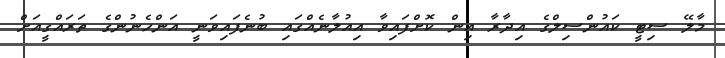
މާލޭ ސިޓީ ކައުންސިލްގެ އިދާރާ އިން ކޮށްފައިވާ އިއުލާނެއްގައި ބުނެފައިވަނީ އަންހެނުންގެ ތަރައްގީއަށް